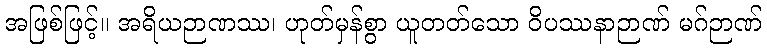
အဖြစ်ဖြင့်။ အရိယဉာဏဿ၊ ဟုတ်မှန်စွာ ယူတတ်သော ဝိပဿနာဉာဏ် မဂ်ဉာဏ်